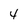
Character: 4